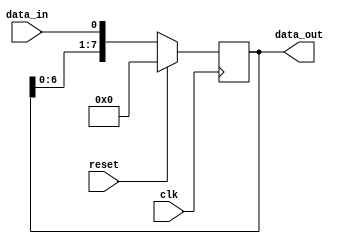
module SIPO_shift_register(
  input clk,
  input reset,
  input data_in,
  output reg [7:0] data_out
);

reg [7:0] shift_reg;

always @(posedge clk) begin
  if (reset) begin
    shift_reg <= 8'b0;
  end else begin
    shift_reg <= {shift_reg[6:0], data_in};
  end
end

assign data_out = shift_reg;

endmodule